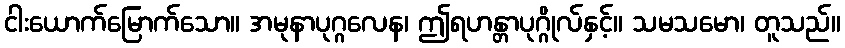
ငါးယောက်မြောက်သော။ အမုနာပုဂ္ဂလေန၊ ဤရဟန္တာပုဂ္ဂိုလ်နှင့်။ သမသမော၊ တူသည်။